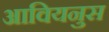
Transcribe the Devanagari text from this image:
आवियनुस